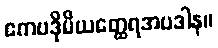
ဧကပဒိုမိယတ္ထေရအပဒါန။